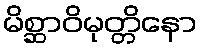
မိစ္ဆာဝိမုတ္တိနော